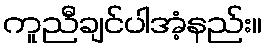
ကူညီချင်ပါအံ့နည်း။